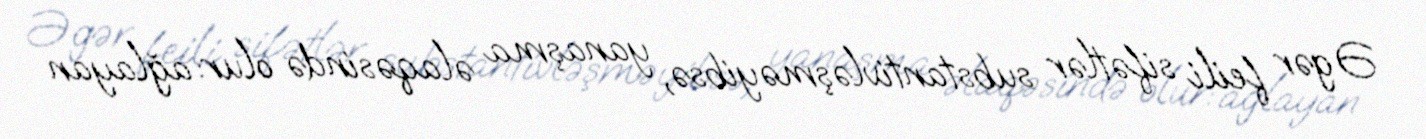
Əgər feili sifətlər substantivləşməyibsə, yanaşma əlaqəsində olur: ağlayan